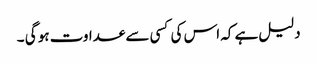
دلیل ہے کہ اس کی کسی سے عداوت ہو گی ۔